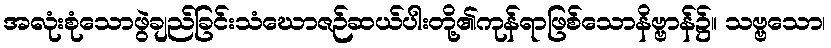
အလုံးစုံသောဖွဲချည်ခြင်းသံဃောဇဉ်ဆယ်ပါးတို့၏ကုန်ရာဖြစ်သောနိဗ္ဗာန်၌။ သဗ္ဗသော၊